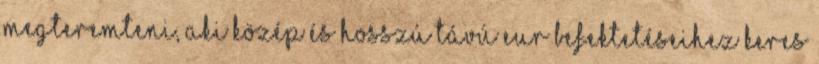
megteremteni, aki közép és hosszú távú EUR befektetéseihez keres